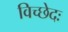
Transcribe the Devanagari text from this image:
विच्छेदः